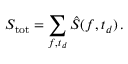
S _ { \mathrm { t o t } } = \sum _ { f , t _ { d } } \hat { S } ( f , t _ { d } ) \, .